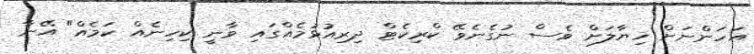
އަހަންނަށް ޚިޔާލަށް ވެސް ނުގެނެވޭ ކްރިކެޓް ދިރިއުޅުމެއްގައި ވާނީ ކިހިނެއް ކަމެއް" އޭނާ